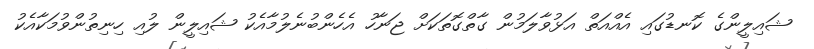
ޝައިލީންގެ ކޮނޑުގައި އެއްއަތް އަޅުވާލަމުން ގާތްގޮތަކަށް ޖަނާހު އެހެންބުނެލުމާއެކު ޝައިލީން ލުއި ހިނިތުންވުމަކާއެކު